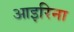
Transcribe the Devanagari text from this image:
आइरिना